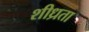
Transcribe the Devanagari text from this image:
शीध्रता